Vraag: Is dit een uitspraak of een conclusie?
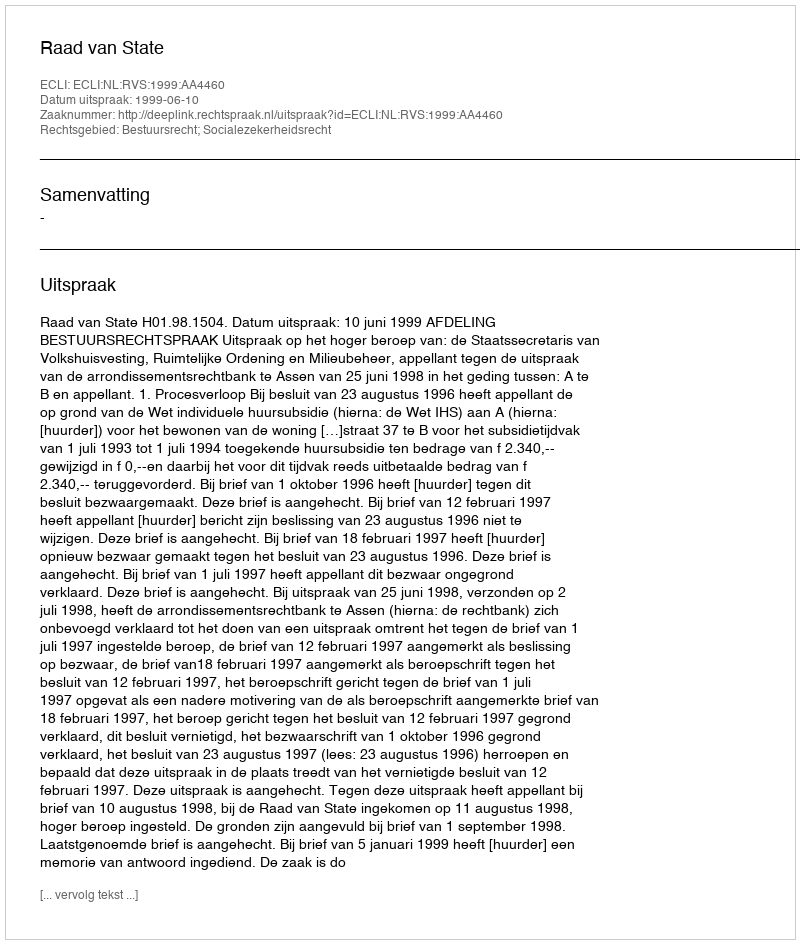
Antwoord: Uitspraak